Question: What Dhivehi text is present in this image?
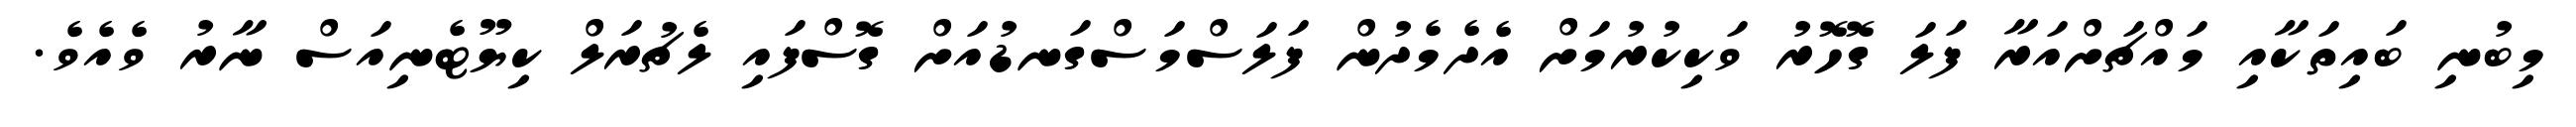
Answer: މިބުނި ބައިތަކާއި މައްޗަށްއަރާ ފަލަ ގޮހޮރު ވަކިކުރުމަށް އެދެމެދުން ފަލަސްމަސްގަނޑުއަށް ގޮސްފައި ލެޗުރަލް ކިޔޫޓެނިއަސް ނާރު ވެއެވެ.